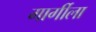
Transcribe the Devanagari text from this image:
गार्गीला